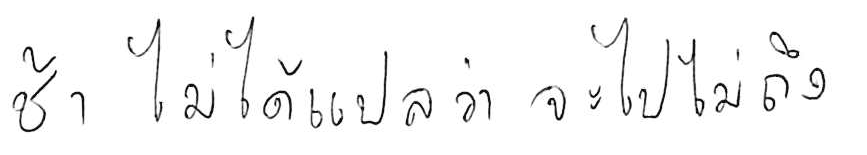
ช้า ไม่ได้แปลว่า จะไปไม่ถึง